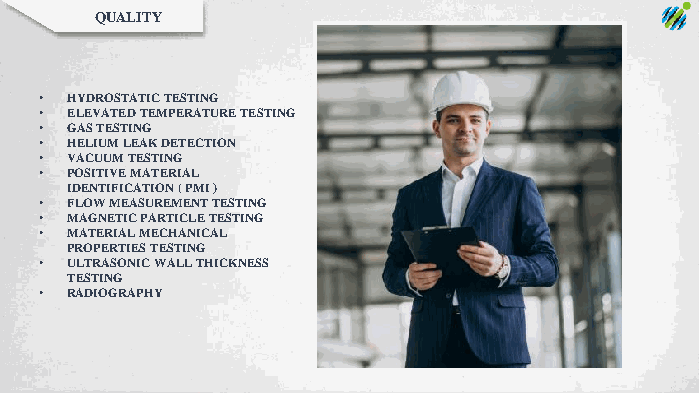
QUALITY
 • HYDROSTATIC TESTING
 • ELEVATED TEMPERATURE TESTING
 • GAS TESTING
 • HELIUM LEAK DETECTION
 • VACUUM TESTING
 • POSITIVE MATERIAL
 IDENTIFICATION ( PMI )
 • FLOW MEASUREMENT TESTING
 • MAGNETIC PARTICLE TESTING
 • MATERIAL MECHANICAL
 PROPERTIES TESTING
 • ULTRASONIC WALL THICKNESS
 TESTING
 • RADIOGRAPHY